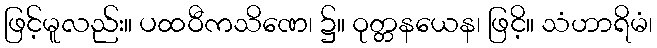
ဖြင့်မူလည်း။ ပထဝီကသိဏေ၊ ၌။ ဝုတ္တနယေန၊ ဖြငိ့။ သံဟာရိမံ၊